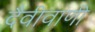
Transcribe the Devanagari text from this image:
दैवीवाणी